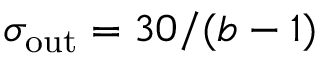
\sigma _ { \mathrm { o u t } } = 3 0 / ( b - 1 )